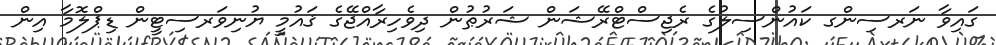
ގައިވާ ނަރސިންގ ކައުންސިލުގެ ރެޖިސްޓްރޭޝަން ޝަރުޠުން ދިވެހިރާއްޖޭގެ ޤައުމީ ޔުނިވަރސިޓީން ޑިޕްލޮމާ އިން